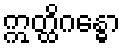
ဣတ္ထိဂန္ဓော